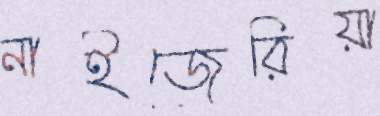
নাইজেরিয়া